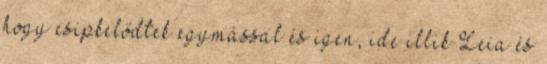
hogy csipkelődtek egymással és igen, ide illik Leia és